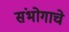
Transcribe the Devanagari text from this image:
संभोगाचे